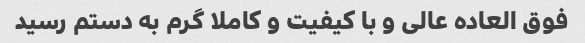
فوق العاده عالی و با کیفیت و کاملا گرم به دستم رسید